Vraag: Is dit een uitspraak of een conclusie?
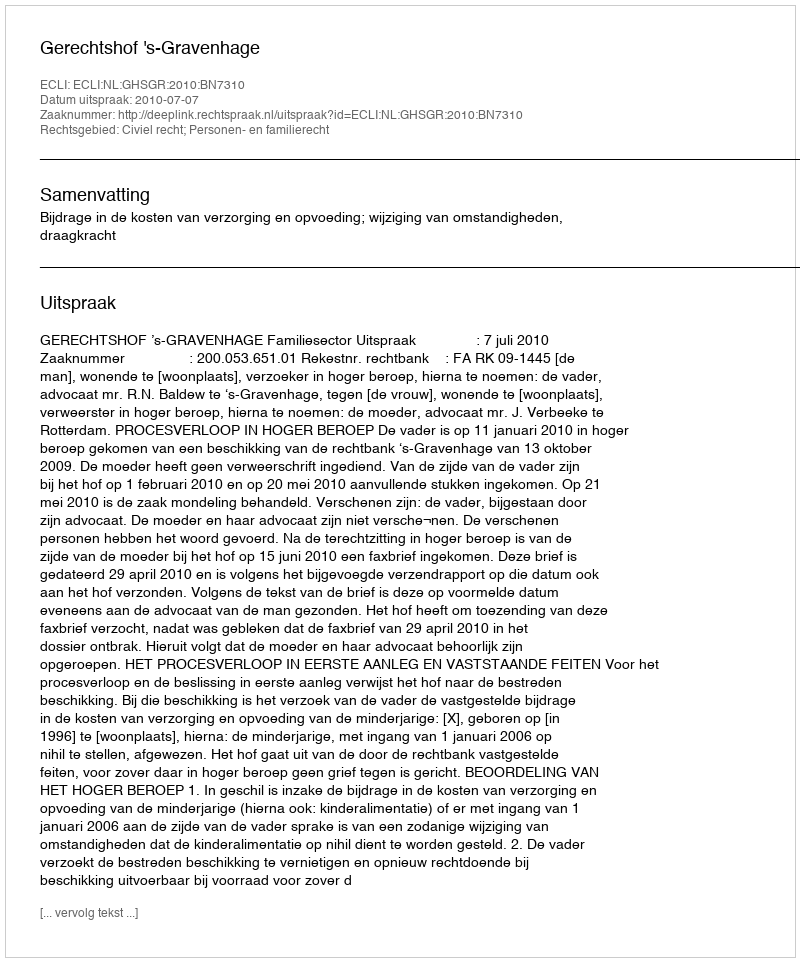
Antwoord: Uitspraak